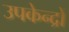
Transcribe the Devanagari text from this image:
उपकेन्द्रों